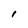
Character: I